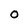
Character: O